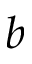
\boldsymbol { b }